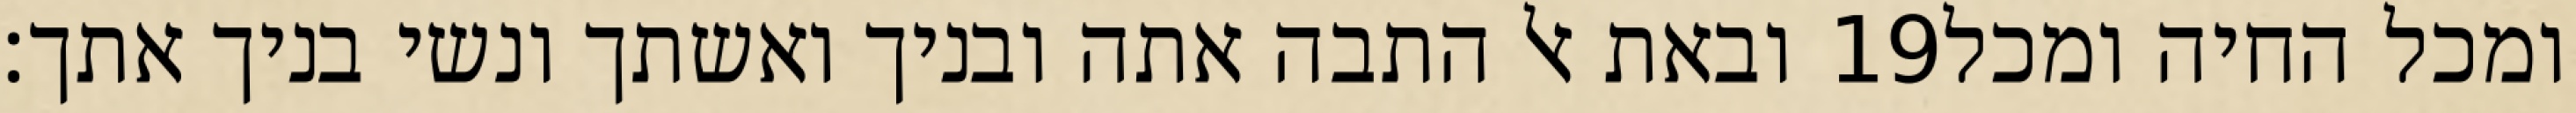
ובאת אל התבה אתה ובניך ואשתך ונשי בניך אתך׃ ‎19‏ ומכל החיה ומכל